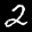
Label: 2